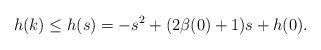
LaTeX: \begin{align*}h(k) \leq h(s)=-s^2 + (2\beta(0)+1)s +h(0).\end{align*}